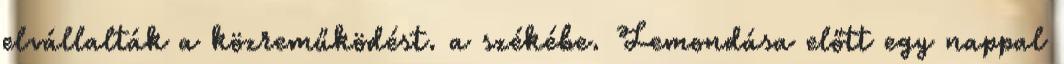
elvállalták a közreműködést. a székébe. Lemondása előtt egy nappal